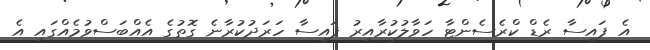
އެ ފައިސާ ރެޑް ކްރެސެންޓާ ހަވާލުކުރާއިރު ފައިސާ ހަރަދުކުރާނެ ގޮތުގެ އެއްބަސްވުމެއްގައި އެ